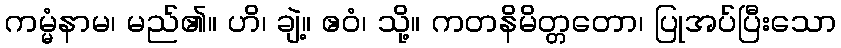
ကမ္မံနာမ၊ မည်၏။ ဟိ၊ ချဲ့။ ဧဝံ၊ သို့။ ကတနိမိတ္တတော၊ ပြုအပ်ပြီးသော